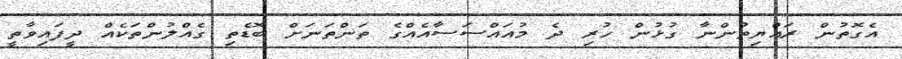
އެގޮތުން ރައްޔިތުންނާ ގުޅުން ހުރި ދެ މުއައްސަސާއެއްގެ ތަންތަނަށް ބޮޑެތި ގެއްލުންތަކެއް ދީފައިވާތީ